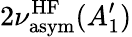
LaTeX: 2\nu_{\mathrm{asym}}^{\mathrm{HF}}(A_{1}^{\prime})